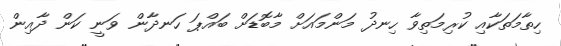
ހިތާމަތަކާއި ކުރިމަތިވާ ހިނދު މަންމައަށް މާބޮޑަށް ބައްޕަ ހަނދާން ވަނީ ކަން ދާއިން